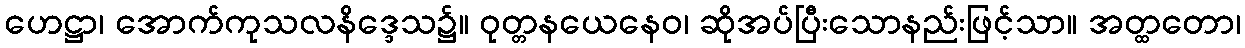
ဟေဋ္ဌာ၊ အောက်ကုသလနိဒ္ဒေသ၌။ ဝုတ္တနယေနေဝ၊ ဆိုအပ်ပြီးသောနည်းဖြင့်သာ။ အတ္ထတော၊